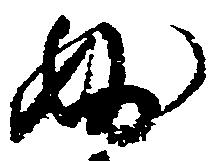
妙